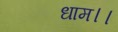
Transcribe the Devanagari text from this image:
धाम।।